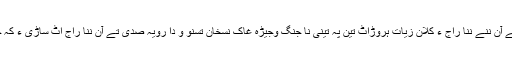
داہیت آن ہچو باشعور و بندغس نہ من مفرو کہ ڈنّی یا بدر دشمن تے آن ننے ننا راج ءِ کلان زیات ہروڑاٹ تین پہ تینی نا جنگ وجیڑہ غاک نسخان تسنو و دا رویہ صدی تے آن ننا راج اٹ ساڑی ءِ کہ چنکاچنکا ہیتاتے آ اسہ گْوزا سیکن داڑے چندی لال آک مِشتا مسنو۔